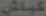
کباش